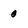
Character: 0